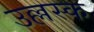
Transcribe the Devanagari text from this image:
उल्लस्क